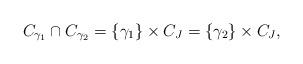
LaTeX: \begin{align*}C_{\gamma_1}\cap C_{\gamma_2}=\{\gamma_1\}\times C_J=\{\gamma_2\}\times C_J, \end{align*}